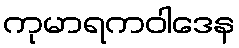
ကုမာရကဝါဒေန